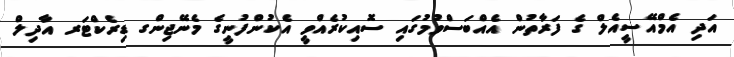
އަދި އެމްއޭސީއެލް ގެ ފަރާތުން އެއްބަސްވުމުގައި ސޮއިކުރެއްވީ އެކުންފުނީގެ މެނޭޖިންގ ޑިރެކްޓަރ އާދިލް